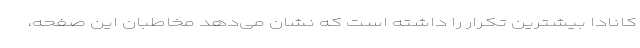
کانادا بیشترین تکرار را داشته است که نشان می‌دهد مخاطبان این صفحه،